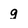
Character: g